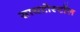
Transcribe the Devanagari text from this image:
सायटोस्टॉल